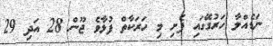
ނަޑެއްލާ ހަރުގޭގައި ފެށި މި ހަރަކާތް ފުޅާވެ ޖޫން 28 އަދި 29